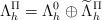
LaTeX: \begin{align*}\Lambda_h^\Pi = \Lambda_h^0 \oplus \widetilde\Lambda_h^\Pi\end{align*}